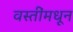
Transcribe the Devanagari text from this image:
वस्तींमधून